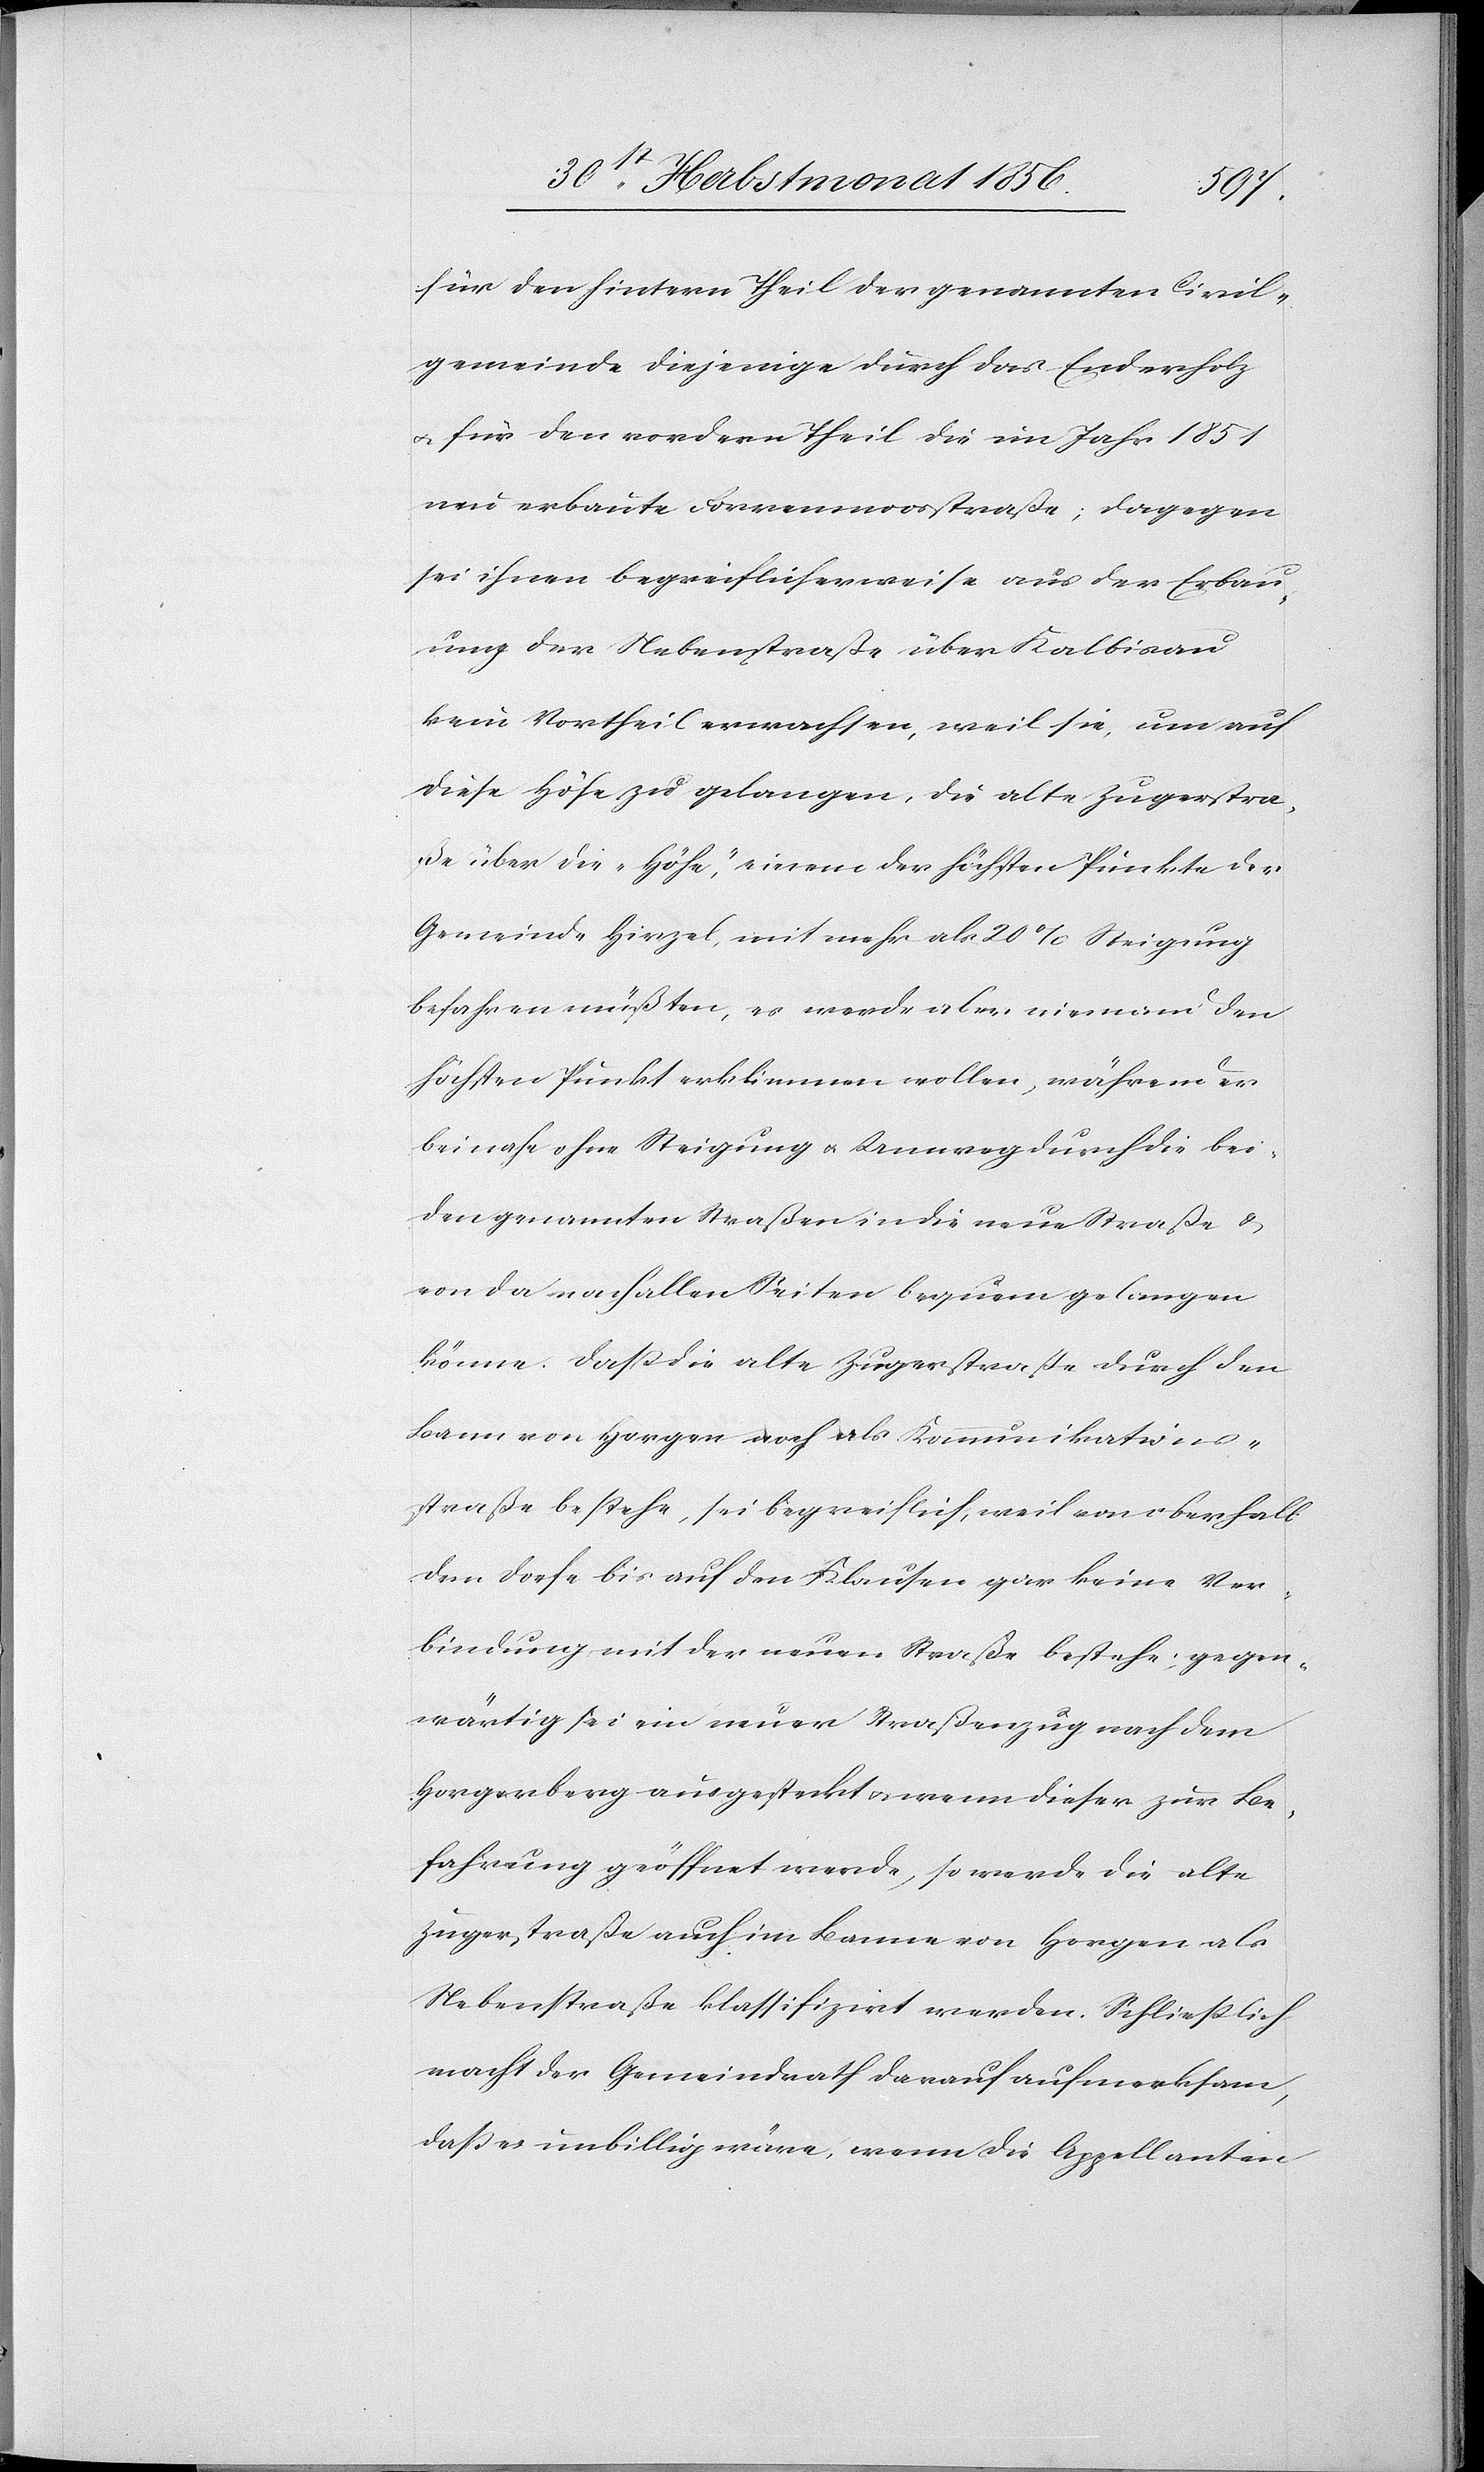
für den hintern Theil der genannten Civil¬
gemeinde diejenige durch das Enderholz
u. für den vordern Theil die im Jahr 1851
neu erbaute Forrenmoosstraße; dagegen
sei ihnen begreiflicherweise aus der Erbau¬
ung der Nebenstraße über Kalbisau
kein Vortheil erwachsen, weil sie, um auf
diese Höfe zu gelangen, die alte Zugerstra¬
ße über die „Höfe”, einem der höchsten Punkte der
Gemeinde Hirzel, mit mehr als 20% Steigung
befahren müßten, es werde aber niemand den
höchsten Punkt erklimmen wollen, während er
beinahe ohne Steigung u. Umweg durch die bei¬
den genannten Straßen in die neue Straße &
von da nach allen Seiten bequem gelangen
könne. Dass die alte Zugerstraße durch den
Bann von Horgen noch als Kommunikations¬
straße bestehe, sei begreiflich, weil von oberhalb
dem Dorfe bis auf den Klausen gar keine Ver¬
bindung mit der neuen Straße bestehe; gegen¬
wärtig sei ein neuer Straßenzug nach dem
Horgerberg ausgesteckt u. wenn dieser zur Be¬
fahrung geöffnet werde, so werde die alte
Zugerstraße auch im Banne von Horgen als
Nebenstraße klassifizirt werden. Schliesslich
macht der Gemeindrath darauf aufmerksam,
dass es unbillig wäre, wenn die Appellanten